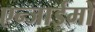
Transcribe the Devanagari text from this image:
एन्जाईमों